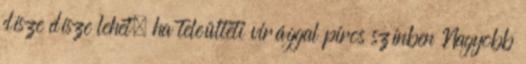
dísze dísze lehet, ha teleülteti virággal piros színben Nagyobb